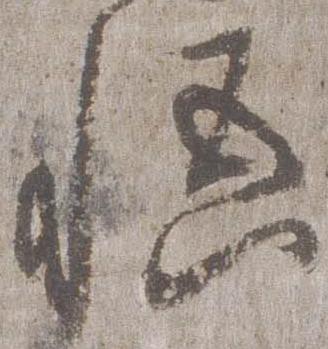
悟